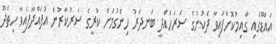
އައްޑޫގައި ގާއިމުކޮށްފައިވާ ދެކުނުގެ ސަރަހައްދީ ބަނދަރު ހިންގުމަށް ކުރީގެ ސަރުކާރުން އުފައްދާފައިވާ ހިތަދޫ